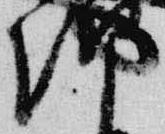
朝